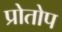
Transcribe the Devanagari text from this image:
प्रोतोप